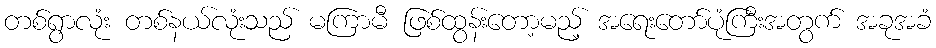
တစ်ရွာလုံး တစ်နယ်လုံးသည် မကြာမီ ဖြစ်ထွန်းတော့မည့် အရေးတော်ပုံကြီးအတွက် အခုအခံ